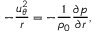
- \frac { u _ { \theta } ^ { 2 } } { r } = - \frac { 1 } { \rho _ { 0 } } \frac { \partial p } { \partial r } ,